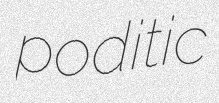
poditic